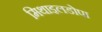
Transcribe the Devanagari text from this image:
मिथाइलडोपा